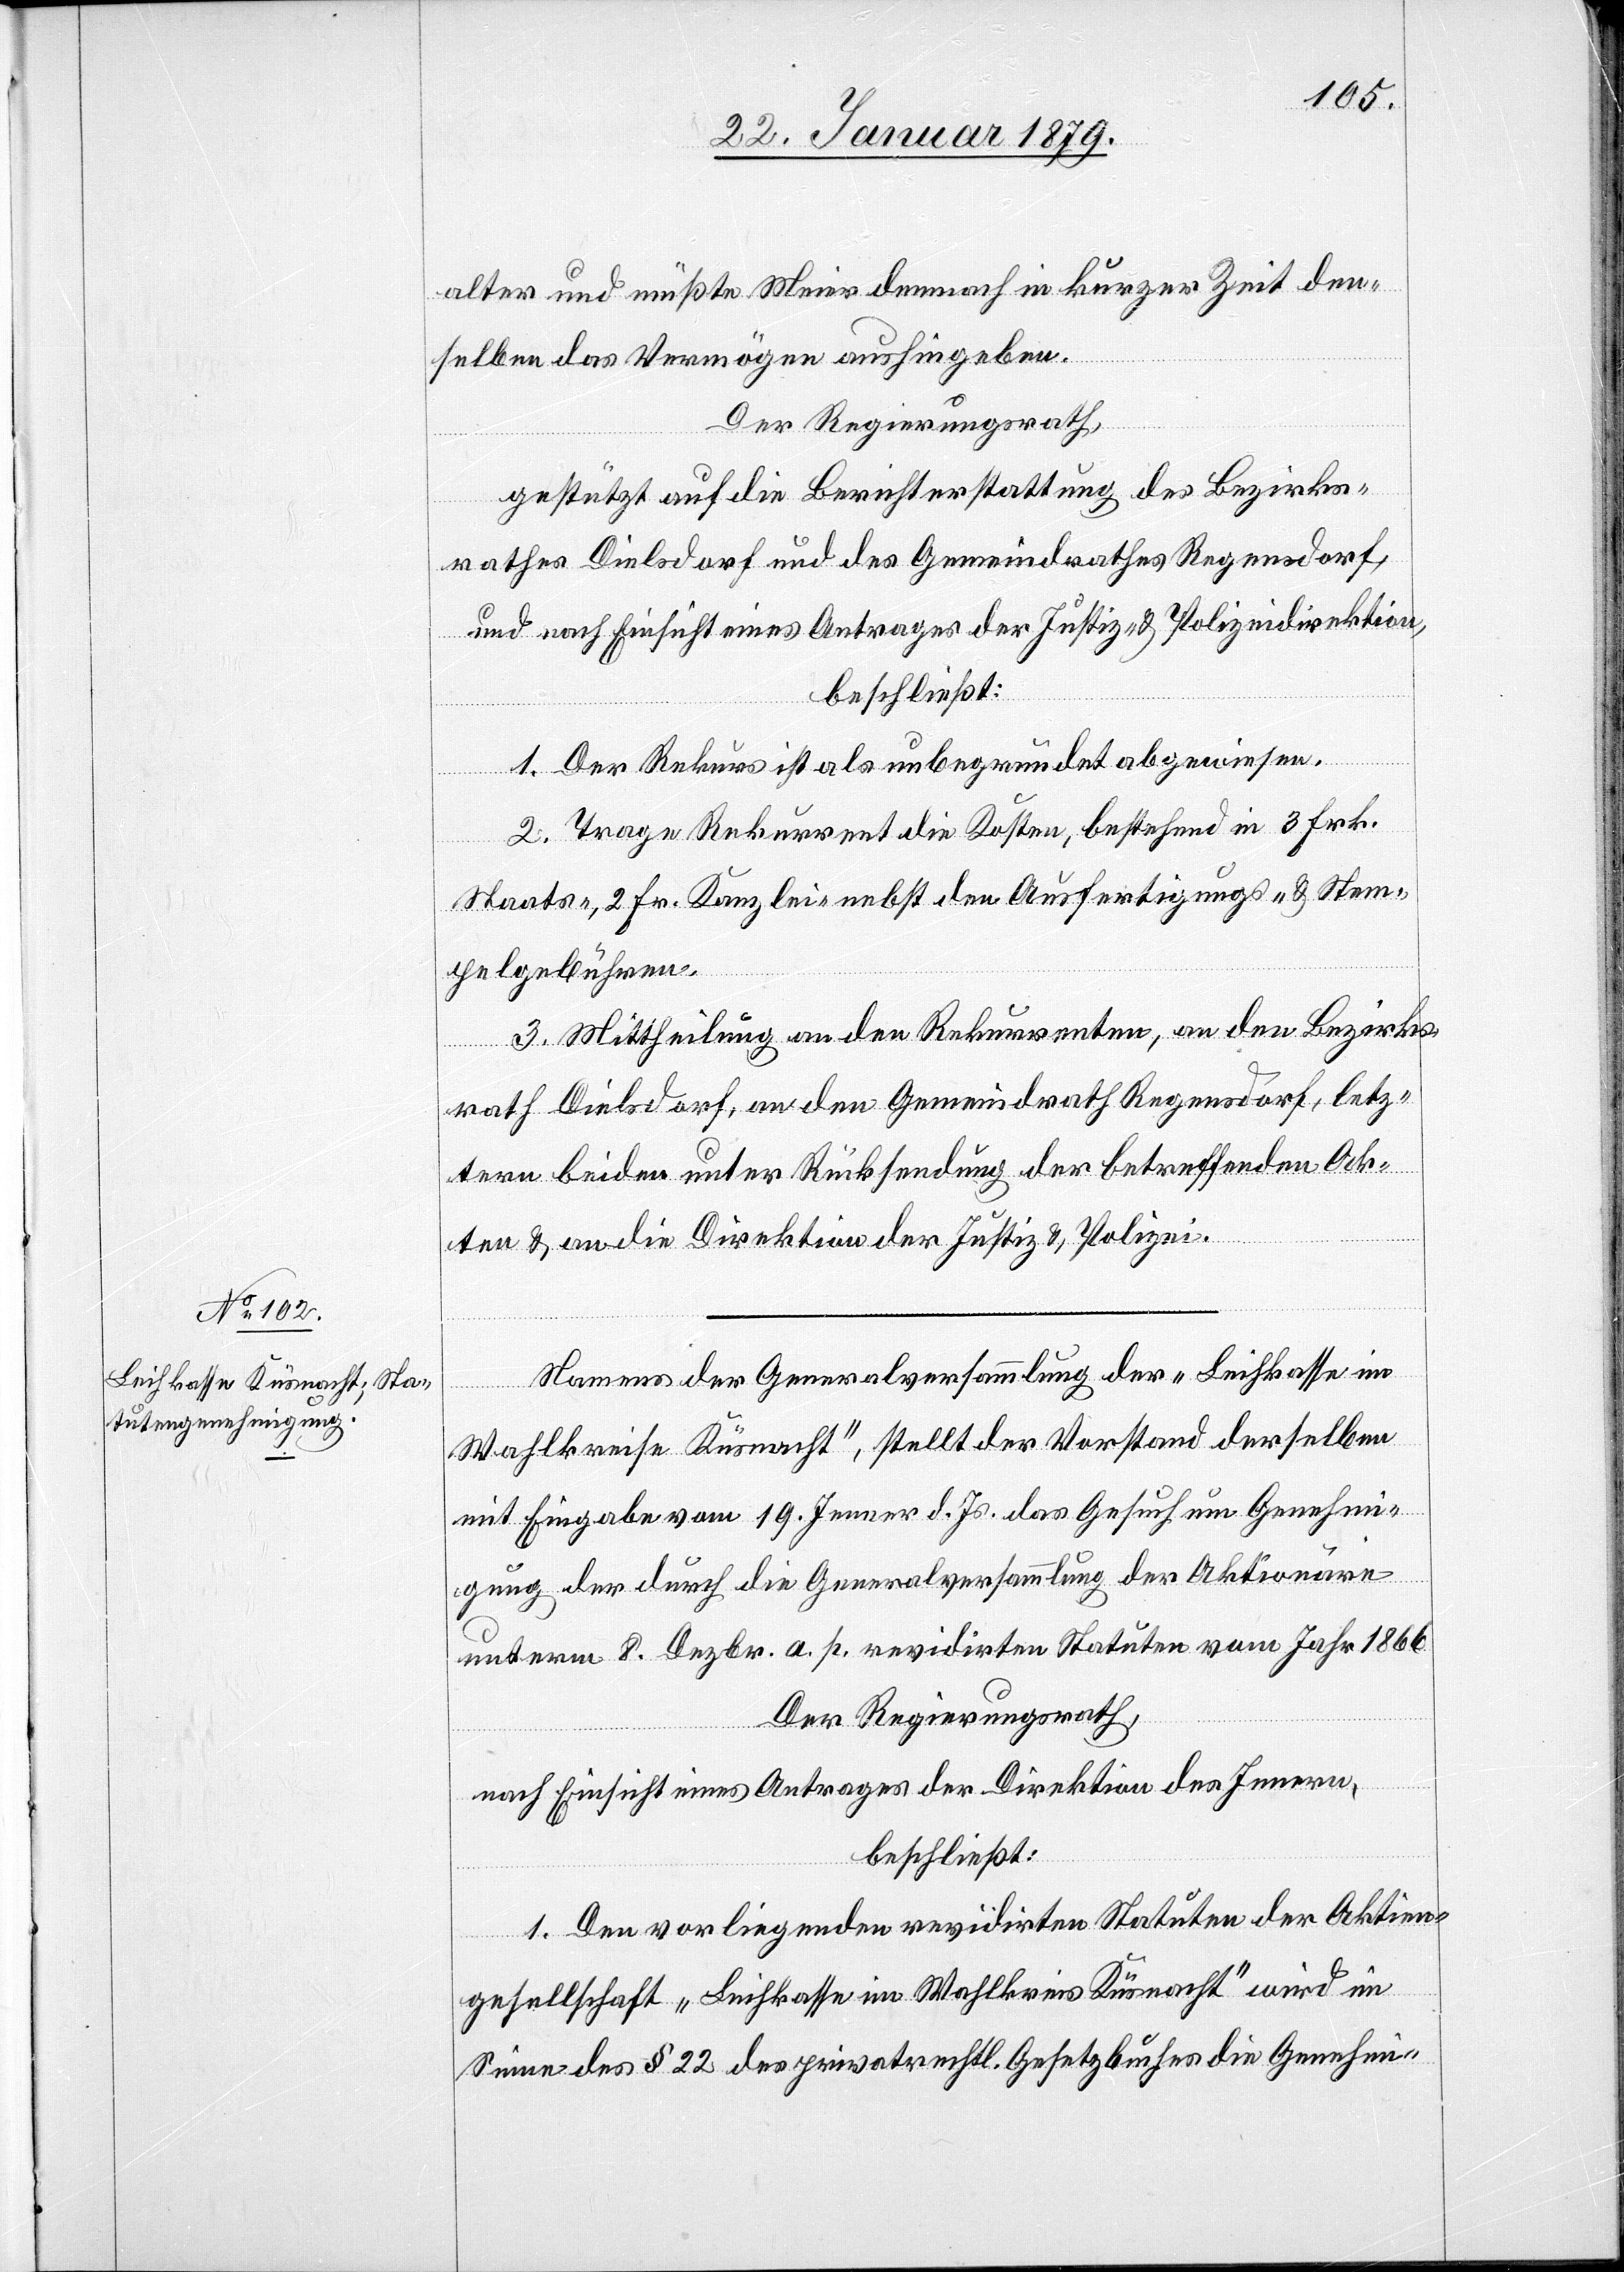
alter und müßte Meier demnach in kurzer Zeit den¬
selben das Vermögen aushingeben.
Der Regierungsrath,
gestützt auf die Berichterstattung des Bezirks¬
rathes Dielsdorf und des Gemeindrathes Regensdorf,
und nach Einsicht eines Antrages der Justiz- & Polizeidirektion.
beschließt:
1. Der Rekurs ist als unbegründet abgewiesen.
2. Trage Rekurrent die Kosten, bestehend in 3 Fr.
Staats-, 2 Fr. Kanzlei- nebst den Ausfertigungs- & Stem¬
pelgebühren.
3. Mittheilung an den Rekurrenten, an den Bezirks¬
rath Dielsdorf, an den Gemeindrath Regensdorf, letz¬
tern beiden unter Rücksendung der betreffenden Ak¬
ten & an die Direktion der Justiz & Polizei.
Namens der Generalversammlung der „Leihkasse im
Wahlkreise Küsnacht“, stellt der Vorstand derselben
mit Eingabe vom 19. Jenner d. Js. das Gesuch um Genehmi¬
gung der durch die Generalversammlung der Aktionäre
unterm 8. Dezbr. a. p. revidirten Statuten vom Jahr 1866.
Der Regierungsrath,
nach Einsicht eines Antrages der Direktion des Innern,
beschließt:
1. Den vorliegenden revidirten Statuten der Aktien¬
gesellschaft „Leihkasse im Wahlkreis Küsnacht“ wird im
Sinne des § 22 des privatrechtl. Gesetzbuches die Genehmi-